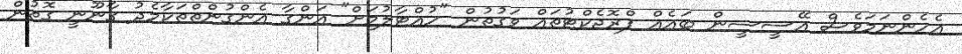
އެހެންނަމަވެސް އޭސީސީން ބައެއް ޕްރޮޖެކްޓުތައް ވަގުތުން "ހުއްޓާލުމަށް" އަންގާ އެންގުންތްތަކާމެދު ގާނޫނީ ގޮތުން